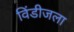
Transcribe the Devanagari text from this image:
विंडीजला